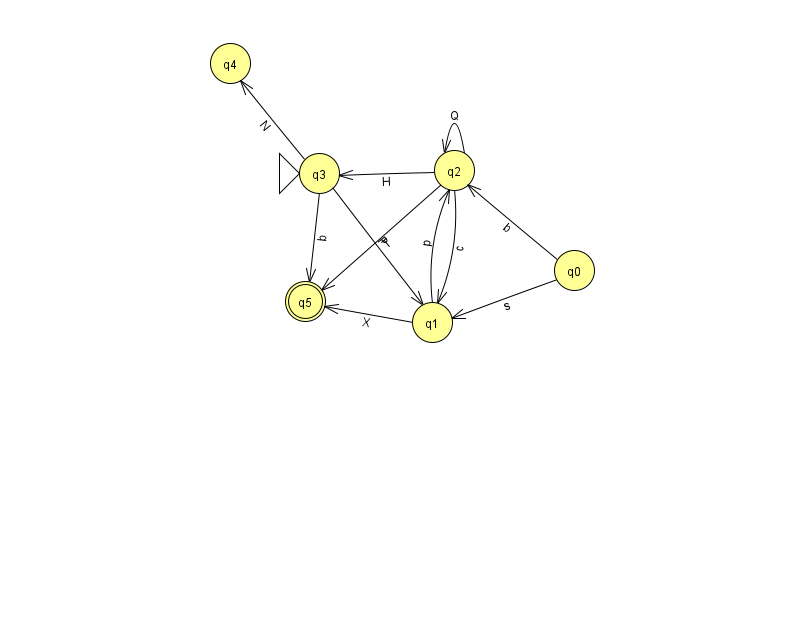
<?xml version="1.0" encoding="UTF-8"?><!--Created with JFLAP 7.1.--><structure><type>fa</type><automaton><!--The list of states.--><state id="0" name="q0"><x>574.0</x><y>257.0</y></state><state id="1" name="q1"><x>432.0</x><y>309.0</y></state><state id="2" name="q2"><x>454.0</x><y>157.0</y></state><state id="3" name="q3"><x>319.0</x><y>160.0</y><initial/></state><state id="4" name="q4"><x>230.0</x><y>50.0</y></state><state id="5" name="q5"><x>305.0</x><y>288.0</y><final/></state><!--The list of transitions.--><transition><from>3</from><to>1</to><read>P</read></transition><transition><from>2</from><to>2</to><read>Q</read></transition><transition><from>2</from><to>3</to><read>H</read></transition><transition><from>3</from><to>4</to><read>N</read></transition><transition><from>0</from><to>1</to><read>s</read></transition><transition><from>3</from><to>5</to><read>b</read></transition><transition><from>1</from><to>2</to><read>p</read></transition><transition><from>2</from><to>1</to><read>c</read></transition><transition><from>2</from><to>5</to><read>T</read></transition><transition><from>0</from><to>2</to><read>b</read></transition><transition><from>1</from><to>5</to><read>X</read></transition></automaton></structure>